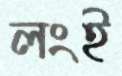
লংই